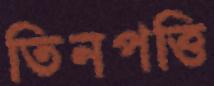
তিনপত্তি